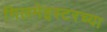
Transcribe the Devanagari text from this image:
गिलमेइस्टरच्या